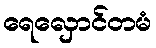
ရေလှောင်တမံ